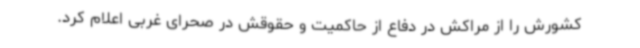
کشورش را از مراکش در دفاع از حاکمیت و حقوقش در صحرای غربی اعلام کرد.